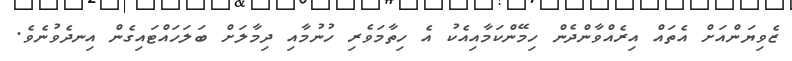
ޒެވިޔަންއަށް އެތައް އިރެއްވާންދެން ހިމޭންކަމާއިއެކު އެ ހިތާމަވެރި ހުނުމާއި ދިމާލަށް ބަލަހައްޓައިގެން އިނދެވުނެވެ.